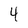
Character: 4